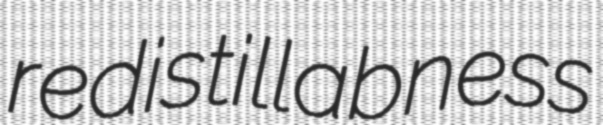
redistillabness